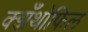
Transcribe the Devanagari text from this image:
क्झँथोफिल